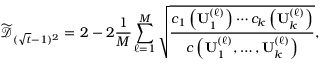
\widetilde { \mathcal { D } } _ { ( \sqrt { t } - 1 ) ^ { 2 } } = 2 - 2 \frac { 1 } { M } \sum _ { \ell = 1 } ^ { M } \sqrt { \frac { c _ { 1 } \left( \mathbf { U } _ { 1 } ^ { ( \ell ) } \right) \cdots c _ { k } \left( \mathbf { U } _ { k } ^ { ( \ell ) } \right) } { c \left( \mathbf { U } _ { 1 } ^ { ( \ell ) } , \dots , \mathbf { U } _ { k } ^ { ( \ell ) } \right) } } ,